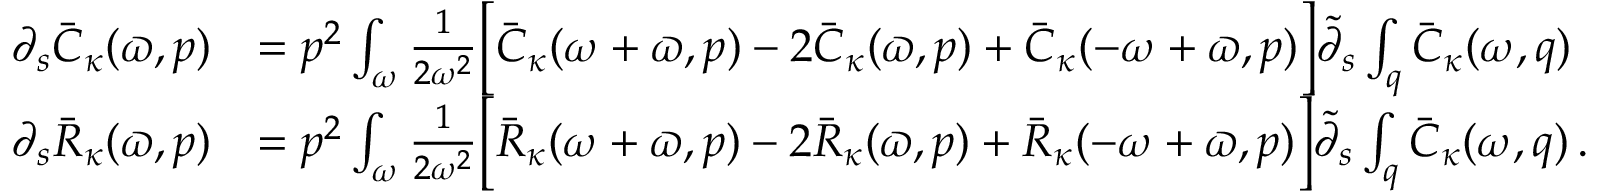
\begin{array} { r l } { \partial _ { s } \bar { C } _ { \kappa } ( \varpi , p ) } & { = p ^ { 2 } \int _ { \omega } \frac { 1 } { 2 \omega ^ { 2 } } \Big [ \bar { C } _ { \kappa } ( \omega + \varpi , p ) - 2 \bar { C } _ { \kappa } ( \varpi , p ) + \bar { C } _ { \kappa } ( - \omega + \varpi , p ) \Big ] \tilde { \partial } _ { s } \int _ { q } \bar { C } _ { \kappa } ( \omega , q ) } \\ { \partial _ { s } \bar { R } _ { \kappa } ( \varpi , p ) } & { = p ^ { 2 } \int _ { \omega } \frac { 1 } { 2 \omega ^ { 2 } } \Big [ \bar { R } _ { \kappa } ( \omega + \varpi , p ) - 2 \bar { R } _ { \kappa } ( \varpi , p ) + \bar { R } _ { \kappa } ( - \omega + \varpi , p ) \Big ] \tilde { \partial } _ { s } \int _ { q } \bar { C } _ { \kappa } ( \omega , q ) \, . } \end{array}